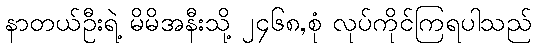
နာတယ်ဦးရဲ့ မိမိအနီးသို့ ၂၄၆၈,စုံ လုပ်ကိုင်ကြရပါသည်